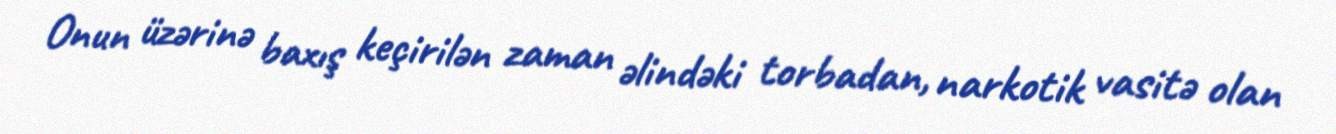
Onun üzərinə baxış keçirilən zaman əlindəki torbadan, narkotik vasitə olan